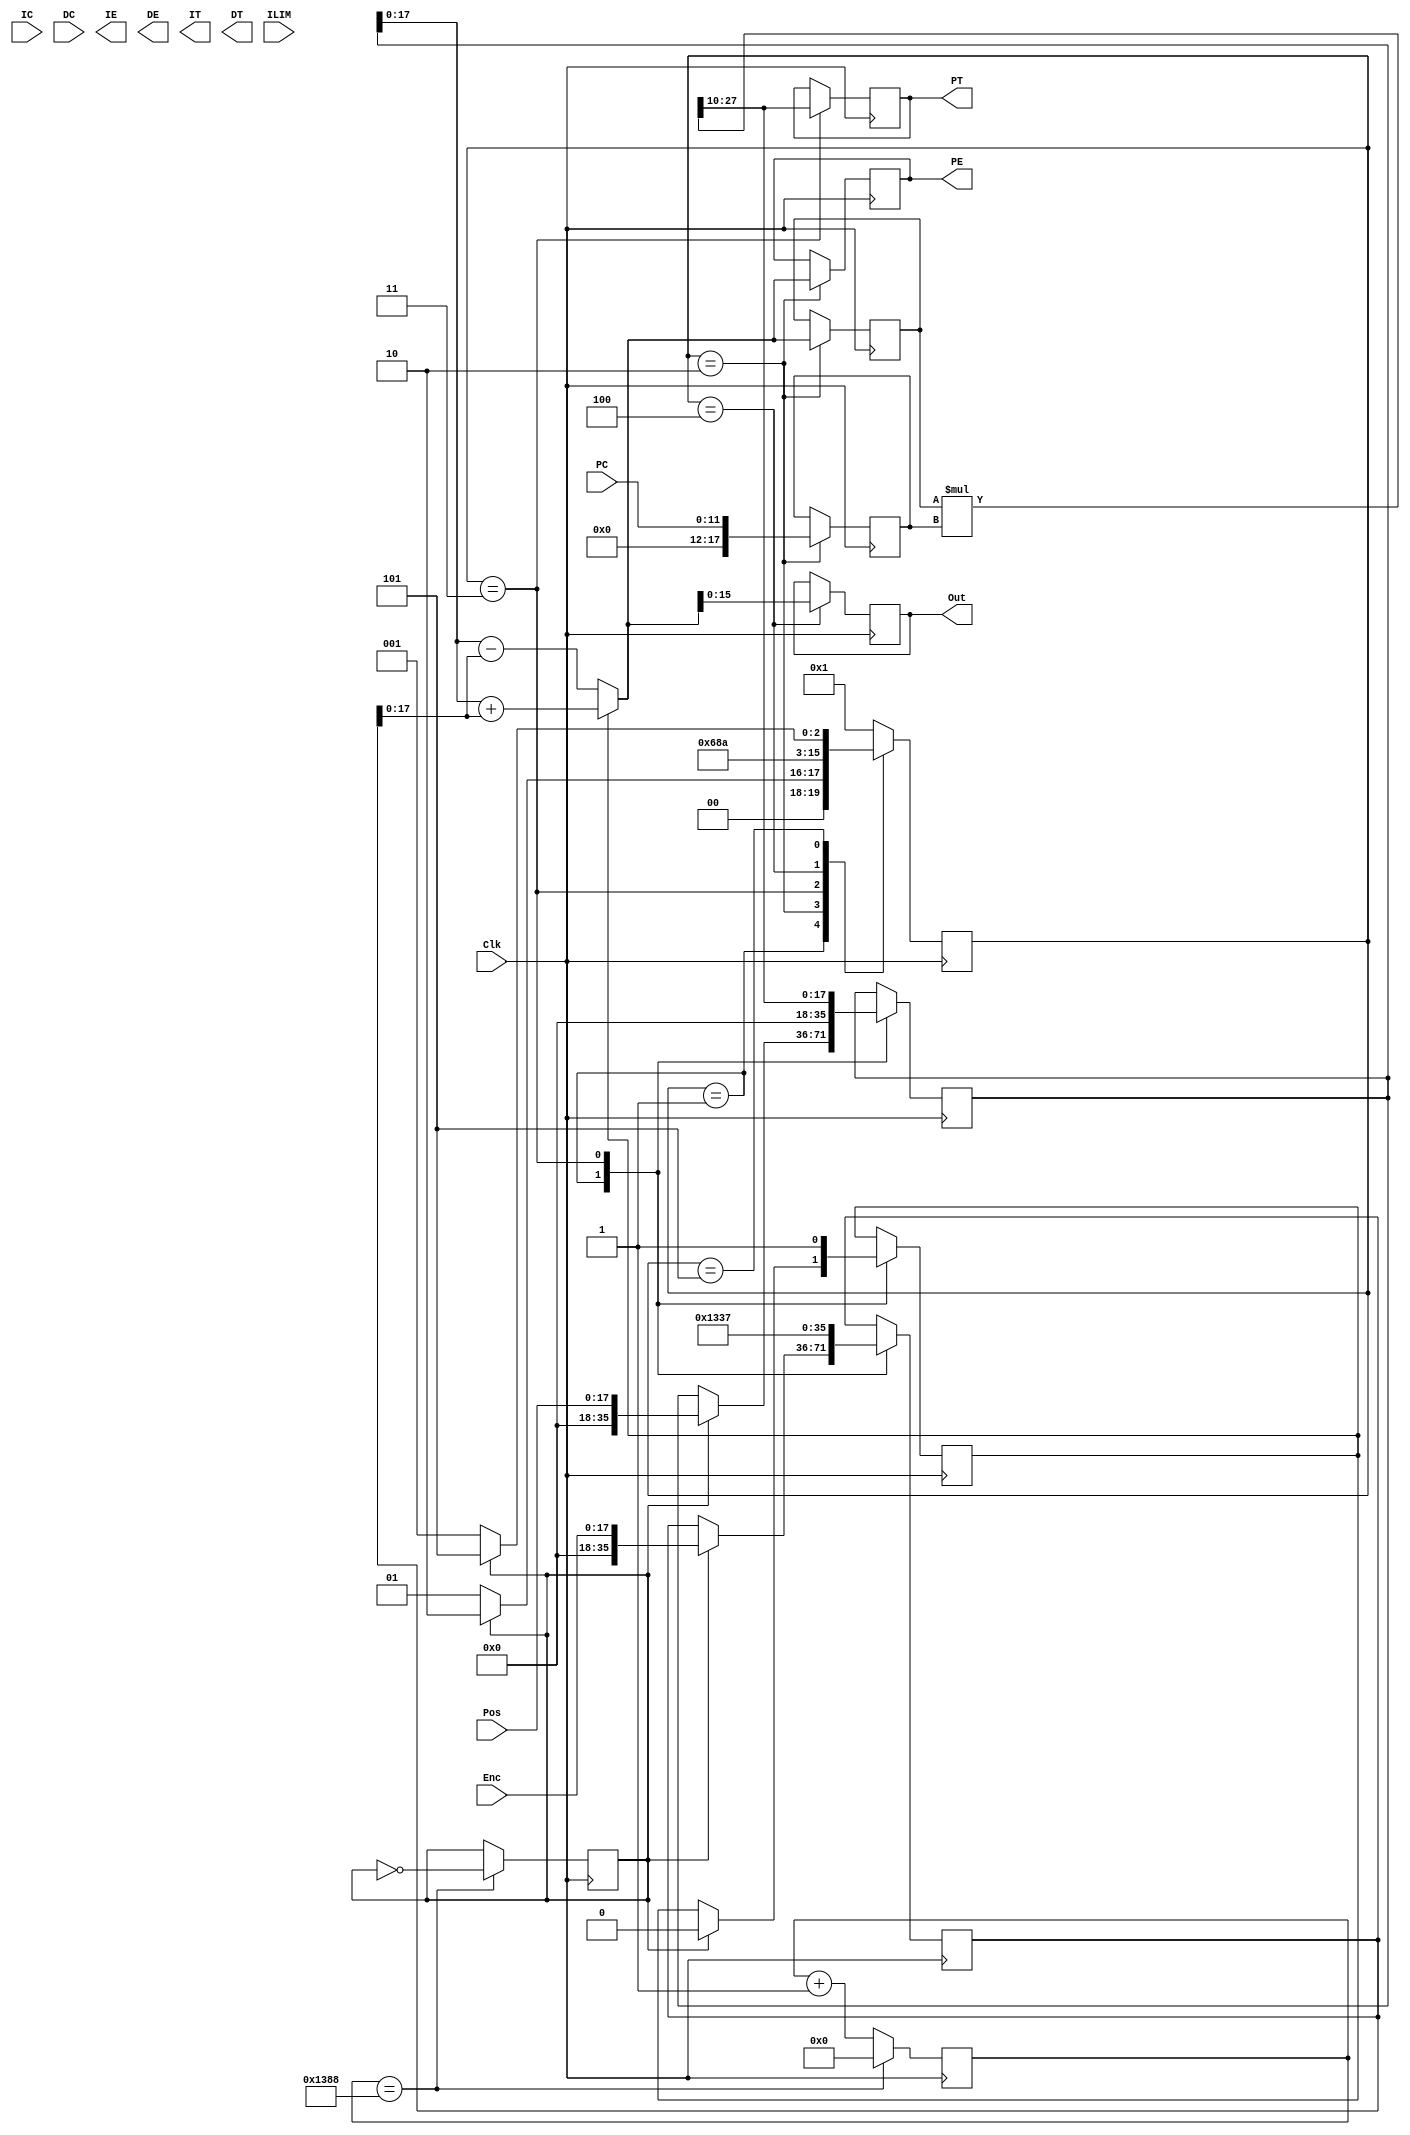
`timescale 1ns / 1ps
//////////////////////////////////////////////////////////////////////////////////
// Company: 
// Engineer: 
// 
// Design Name: 
// Module Name:    PID_Position 
// Project Name: 
// Target Devices: 
// Tool versions: 
// Description: 
//
// Dependencies: 
//
// Revision: 
// Revision 0.01 - File Created
// Additional Comments: 
//
//////////////////////////////////////////////////////////////////////////////////
module PID_Position(
	input Clk,				//Clock
	input [17:0] Pos,		//Commanded Position
	input [17:0] Enc,		//Encoder Count
	input [11:0] PC,		//Proportional Coefficient
	input [11:0] IC,		//Integral Coefficient
	input [11:0] DC,		//Derivative Coefficient
	output [17:0] PE,		//Proportional Error Output
	output [23:0] IE,		//Integral Error Output
	output [23:0] DE,		//Derivative Error Output
	output [17:0] PT,		//Proportional Term Output
	output [23:0] IT,		//Integral Term Output
	output [23:0] DT,		//Derivative Term Output
	input [15:0] ILIM,	//Integrator Limit
	output [15:0] Out		//Output to Motor Drive
	);
	 
	reg [3:0] state;		//System State
	reg [17:0] PrevPos;	//Previous Position
	reg [17:0] PEI;		//Proportional Error
	reg [23:0] IEI;		//Integral Error
	reg [23:0] DEI;		//Derivative Error
	reg [17:0] PTI;		//Proportional Term
	reg [23:0] ITI;		//Integral Term
	reg [23:0] DTI;		//Derivative Term
	reg [17:0] MA;			//Multiplier A Term
	reg [17:0] MB;			//Multiplier B Term
	reg [35:0] MP;			//Multiplier Product
	reg [35:0] AA;			//Adder A Term
	reg [35:0] AB;			//Adder B Term
	reg [36:0] AS;			//Adder Sum
	reg [15:0] OutI;		//Adder Sum
	reg Add_Sub;			//Add/Subtract Flag
	reg [15:0] Count;		//Clock scaling counter register
	reg SClk;				//Scaled clock
	
	assign PE=PEI;
	assign IE=IEI;
	assign DE=DEI;
	assign PT=PTI;
	assign IT=ITI;
	assign DT=DTI;
	assign Out=OutI;
	
	always @(MA,MB)
		MP<=MA*MB;	//Our Multiplier
		
	always @(AA,AB)	//Our Adder/Subtractor
		if (Add_Sub==1) AS<=AA+AB;
		else AS<=AA-AB;
	 
	always @(posedge Clk) 
		if (Count == 16'd5000) begin
			Count <= 16'd0;
			SClk <= ~SClk;
		end
		else Count <= Count+1;


	 always @(posedge Clk)
		case (state)
			4'd1:	//Wait for start
				if (SClk==1) begin
					AA<=Pos;
					AB<=Enc;
					Add_Sub<=0;	//Set up adder to calculate the positional error
					state<=4'd2;
				end
				else state<=4'd1;
			4'd2: begin
				PEI<=AS;
				MA<=AS;	//extract the proportional error and send it to the multiplier
				MB<=PC;	//along with the proportional coefficient
				state<=4'd3;
			end
			4'd3: begin
				PTI<=MP[27:10];	//extract the proportional result
				AA<=MP[27:10];		//Why not?
				AB<=16'h1337;		//set ourselves up for a bogus "Out"
				Add_Sub<=1;
				state<=4'd4;
			end
			4'd4: begin
				OutI<=AS;	//extract the true output
				state<=4'd5;
			end
			4'd5:
				if (SClk==0) state<=4'd1;
				else state<=4'd5;
			default:
				state<=4'd1;
		endcase

endmodule